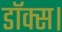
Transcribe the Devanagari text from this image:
डॉक्स।